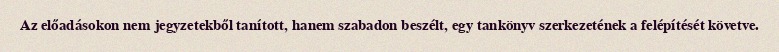
Az előadásokon nem jegyzetekből tanított, hanem szabadon beszélt, egy tankönyv szerkezetének a felépítését követve.